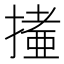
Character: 𢳩